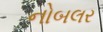
નોબલર